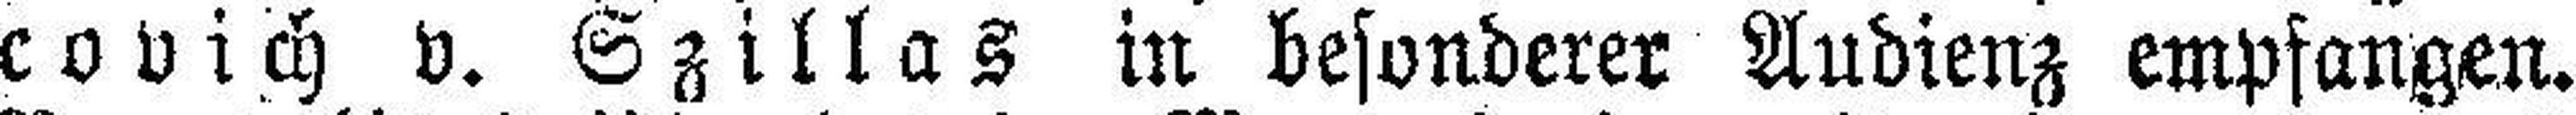
covich v. Szillas in besonderer Audienz empfangen.